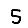
Digit: 5